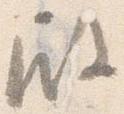
殿